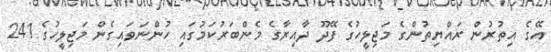
އޭގެ އިތުރުން ރައްޔިތުންގެ މަޖިލީހުގެ ފޭދޫ ދާއިރާގެ މެންބަރުކަމުގައި ހުންނަވައިގެން މަޖިލީހުގެ 241